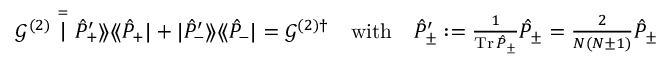
\textstyle \mathcal { G } ^ { ( 2 ) } \stackrel { = } | \hat { P } _ { + } ^ { \prime } \rangle \! \rangle \langle \! \langle \hat { P } _ { + } | + | \hat { P } _ { - } ^ { \prime } \rangle \! \rangle \langle \! \langle \hat { P } _ { - } | = \mathcal { G } ^ { { ( 2 ) } \dag } \quad \mathrm { w i t h } \quad \hat { P } _ { \pm } ^ { \prime } : = \frac { 1 } { \operatorname { T r } \hat { P } _ { \pm } } \hat { P } _ { \pm } = \frac { 2 } { N ( N \pm 1 ) } \hat { P } _ { \pm }